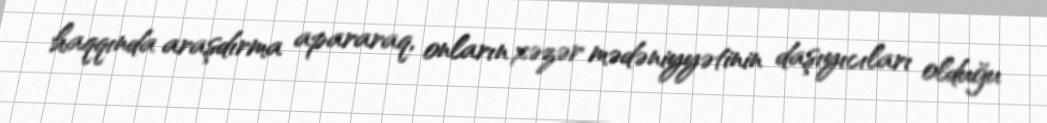
haqqında araşdırma apararaq, onların xəzər mədəniyyətinin daşıyıcıları olduğu